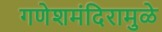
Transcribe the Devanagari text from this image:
गणेशमंदिरामुळे